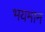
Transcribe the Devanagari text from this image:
भयमान